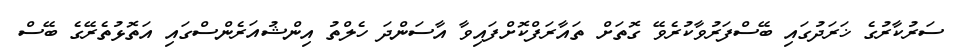
ސަރުކާރުގެ ޚަރަދުގައި ބޭސްފަރުވާކުރެވޭ ގޮތަށް ތައާރަފްކޮށްފައިވާ އާސަންދަ ހެލްތު އިންޝުއަރެންސްގައި އަތޮޅުތެރޭގެ ބޭސް